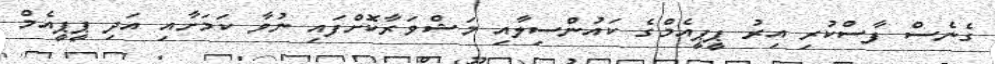
ގެނެސް ފާސްކުރި އިރު ޕީޕީއެމްގެ ކައުންސިލާއި މަޝްވަރާކޮށްފައި ނުވާ ކަމަށާއި އަދި ޕީޕީއެމް